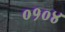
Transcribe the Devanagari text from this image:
०१०४